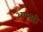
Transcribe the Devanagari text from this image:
अपवही